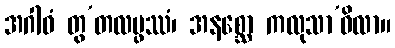
အဂါဓံ တွ’တလမ္ဖဿံ၊ အနစ္ဆော ကလုသာ’ဝိလာ။